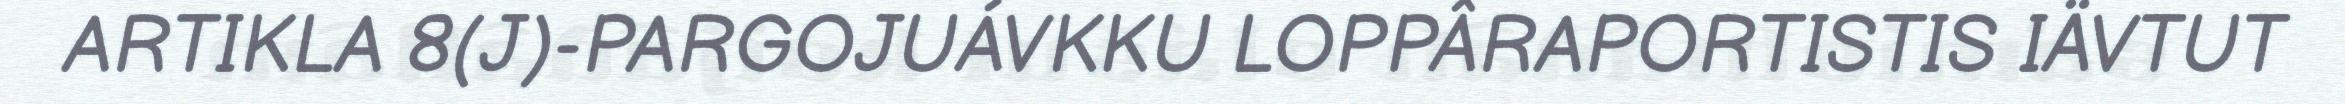
ARTIKLA 8(J)-PARGOJUÁVKKU LOPPÂRAPORTISTIS IÄVTUT